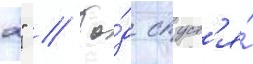
2" // Го́д спуст'я́